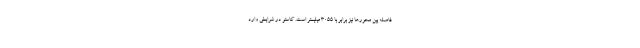
فاصله بین محورها نیز برابر با 3055 میلیمتر است. کاستو در شرایطی وارد